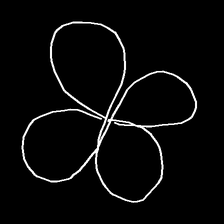
Glyph: billowing